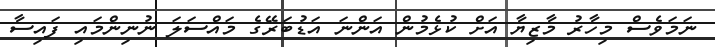
ނަމަވެސް މިހާރު މާޒިޔާ އަށް ކުޅެމުން އަންނަ އަޑުބަރޭގެ މައްސަލަ ނުނިންމައި ފައިސާ